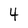
Character: 4